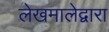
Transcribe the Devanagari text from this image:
लेखमालेद्वारा